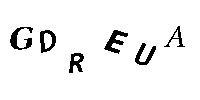
GDREUA